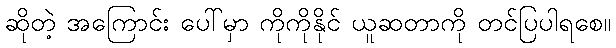
ဆိုတဲ့ အကြောင်း ပေါ်မှာ ကိုကိုနိုင် ယူဆတာကို တင်ပြပါရစေ။